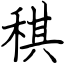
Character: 稘